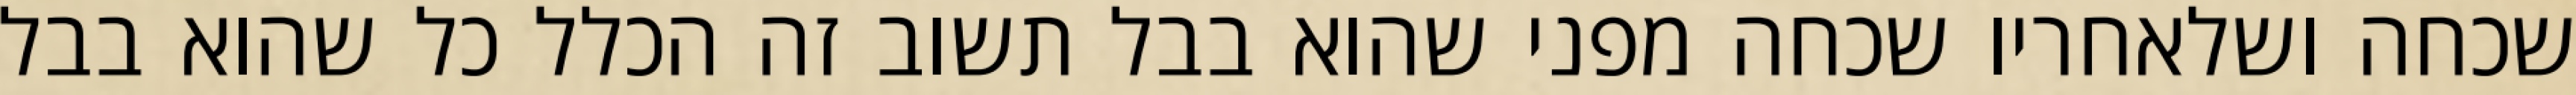
שכחה ושלאחריו שכחה מפני שהוא בבל תשוב זה הכלל כל שהוא בבל